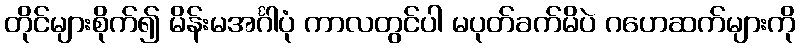
တိုင်များစိုက်၍ မိန်းမအင်္ဂါပုံ ကာလတွင်ပါ မပုတ်ခက်မိပဲ ဂဟေဆက်များကို